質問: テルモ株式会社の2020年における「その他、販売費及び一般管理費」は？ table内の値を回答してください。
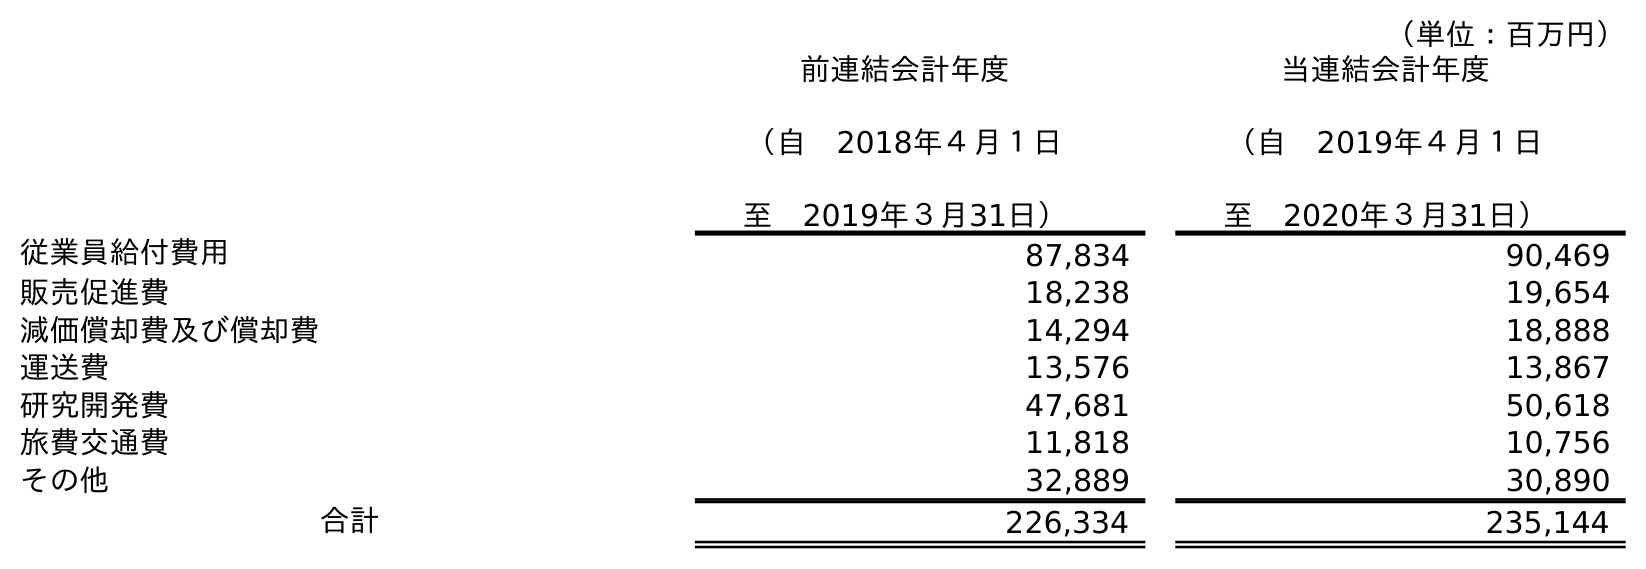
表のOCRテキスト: （単位：百万円） 前連結会計年度 （自 2018年４月１日 至 2019年３月31日） 当連結会計年度 （自 2019年４月１日 至 2020年３月31日） 従業員給付費用 87,834 90,469 販売促進費 18,238 19,654 減価償却費及び償却費 14,294 18,888 運送費 13,576 13,867 研究開発費 47,681 50,618 旅費交通費 11,818 10,756 その他 32,889 30,890 合計 226,334 235,144
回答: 30,890